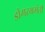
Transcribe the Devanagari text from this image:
डोंगरभ्रमंती